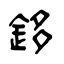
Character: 鉹